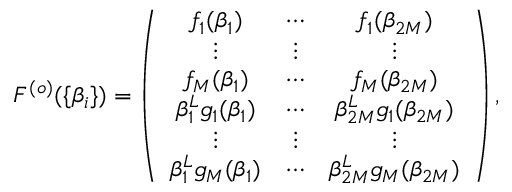
\begin{array} { r } { F ^ { ( o ) } ( \{ \beta _ { i } \} ) = \left( \begin{array} { c c c c c c } { f _ { 1 } ( \beta _ { 1 } ) } & { \cdots } & { f _ { 1 } ( \beta _ { 2 M } ) } \\ { \vdots } & { \vdots } & { \vdots } \\ { f _ { M } ( \beta _ { 1 } ) } & { \cdots } & { f _ { M } ( \beta _ { 2 M } ) } \\ { \beta _ { 1 } ^ { L } g _ { 1 } ( \beta _ { 1 } ) } & { \cdots } & { \beta _ { 2 M } ^ { L } g _ { 1 } ( \beta _ { 2 M } ) } \\ { \vdots } & { \vdots } & { \vdots } \\ { \beta _ { 1 } ^ { L } g _ { M } ( \beta _ { 1 } ) } & { \cdots } & { \beta _ { 2 M } ^ { L } g _ { M } ( \beta _ { 2 M } ) } \end{array} \right) , } \end{array}